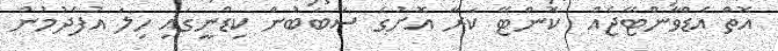
އޮތް އެޑްވާންޓޭޖެއް  ކޮންޓޭ ކަރާ އޮށުގެ ސަބަބުން ކިޑްނީގައި ހިލަ އުފެދުމުން